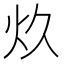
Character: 𰝺